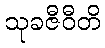
သုခဇီဝီတိ